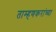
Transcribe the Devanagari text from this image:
ताम्हणकरांच्या